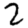
Digit: 2